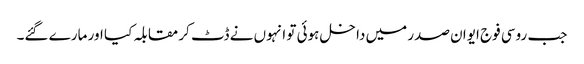
جب روسی فوج ایوان صدر میں داخل ہوئی تو انہوں نے ڈٹ کر مقابلہ کیا اور مارے گئے۔